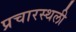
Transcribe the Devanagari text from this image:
प्रचारस्‍थली